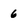
Character: 6